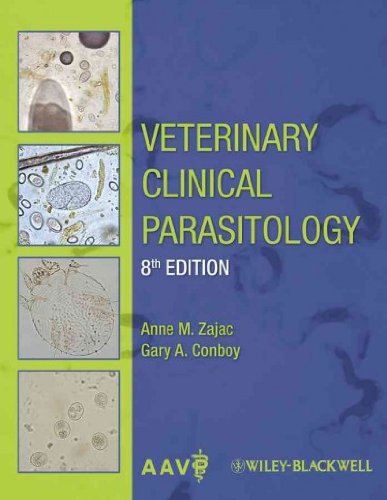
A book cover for Veterinary Clinical Parasitology Veterinary Clinical Parasitology; Anne M. (Editor) / Conboy, Gary A. (Editor) Zajac; Medical Books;